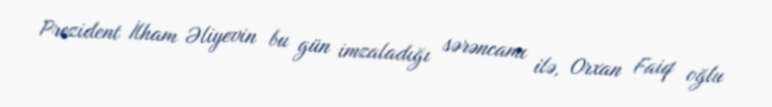
Prezident İlham Əliyevin bu gün imzaladığı sərəncamı ilə, Orxan Faiq oğlu